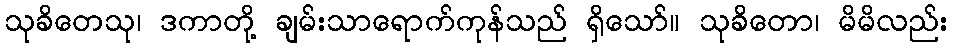
သုခိတေသု၊ ဒကာတို့ ချမ်းသာရောက်ကုန်သည် ရှိသော်။ သုခိတော၊ မိမိလည်း